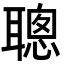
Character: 聰